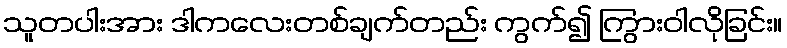
သူတပါးအား ဒါကလေးတစ်ချက်တည်း ကွက်၍ ကြွားဝါလိုခြင်း။